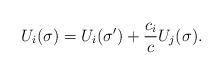
LaTeX: \begin{align*}U_{i}(\sigma)=U_{i}(\sigma^{\prime})+\frac{c_{i}}{c}U_{j}(\sigma).\end{align*}